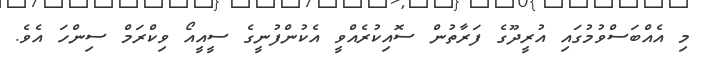
މި އެއްބަސްވުމުގައި އުރީދޫގެ ފަރާތުން ސޮއިކުރެއްވީ އެކުންފުނީގެ ސީއީއޯ ވިކްރަމް ސިންހަ އެވެ.